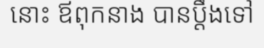
នោះ ឪពុកនាង បានប្តឹងទៅ